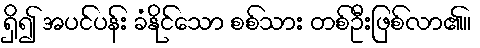
ရှိ၍ အပင်ပန်း ခံနိုင်သော စစ်သား တစ်ဦးဖြစ်လာ၏။